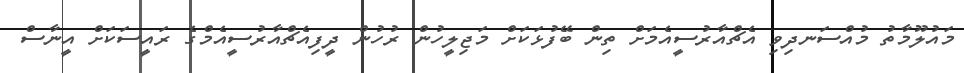
މައުލޫމާތު މުއްސަނދިވި އެޗްއާރުސީއެމަށް ތިން ބޭފުޅަކަށް މަޖިލީހުން ރުހުން ދީފިއެޗްއާރުސީއެމްގެ ރައީސަކަށް އީނާސް